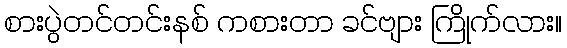
စားပွဲတင်တင်းနစ် ကစားတာ ခင်ဗျား ကြိုက်လား။